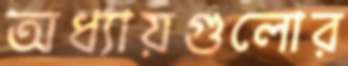
অধ্যায়গুলোর